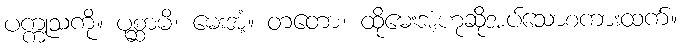
ပက္ကုသကို။ ပုစ္ဆာမိ၊ မေးအံ့။ တတော၊ ထိုမေးအံ့ဟုဆိုအပ်သောစကားထက်။